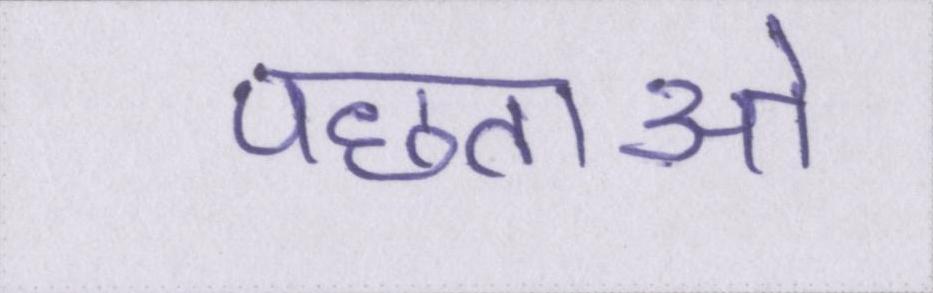
पछताओ